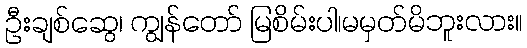
ဦးချစ်ဆွေ၊ ကျွန်တော် မြစိမ်းပါ၊မမှတ်မိဘူးလား။